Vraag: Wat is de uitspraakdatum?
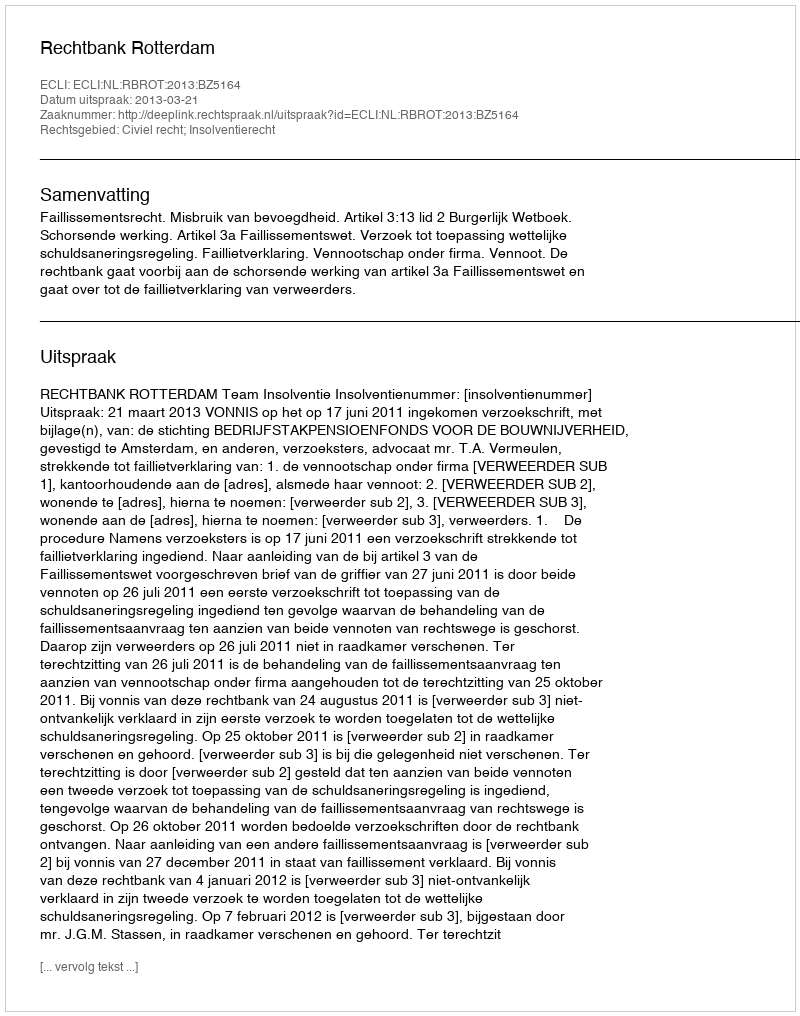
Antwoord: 2013-03-21